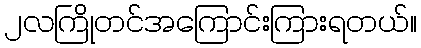
၂လကြိုတင်အကြောင်းကြားရတယ်။